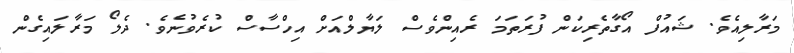
މަރާލިއެވެ. ޝައުފް އޯގާތެރިކަން ފުރަތަމަ ރެއިންވެސް ލަޔާލްއަށް އިހްސާސް ކުރެވުނެވެ. ދެލޯ މަރާލައިގެން